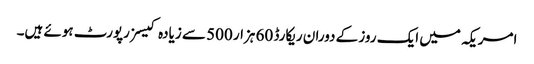
امریکہ میں ایک روز کے دوران ریکارڈ 60 ہزار 500 سے زیادہ کیسز رپورٹ ہوئے ہیں۔